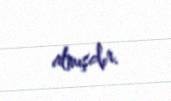
almışdır.